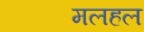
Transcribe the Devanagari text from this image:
मलहल